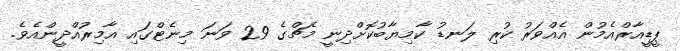
ޕީޑީއާރްއެމުން އެއްވަރު ކުރި ލަނޑު ކާމިޔާބުކޮށްދިނީ މެޗްގެ 29 ވަނަ މިނެޓްގައި އާމިރުއްދީންއެވެ.